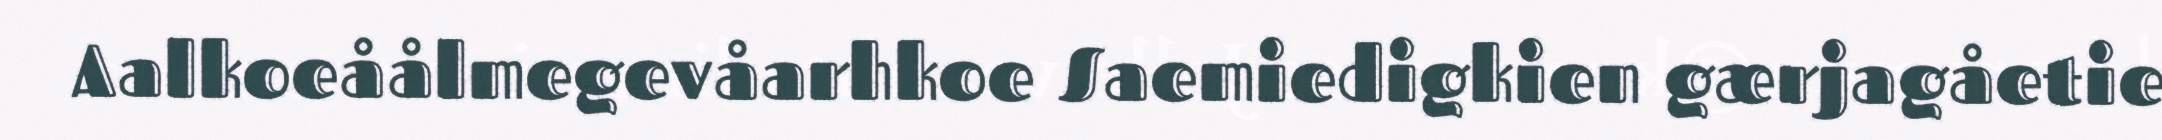
Aalkoeåålmegevåarhkoe Saemiedigkien gærjagåetie